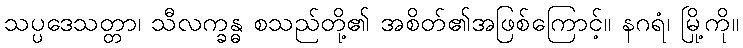
သပ္ပဒေသတ္တာ၊ သီလက္ခန္ဓ စသည်တို့၏ အစိတ်၏အဖြစ်ကြောင့်။ နဂရံ၊ မြို့ကို။